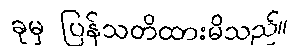
ခုမှ ပြန်သတိထားမိသည်။